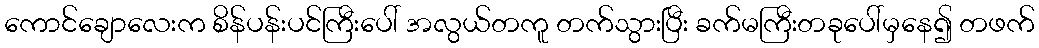
ကောင်ချောလေးက စိန်ပန်းပင်ကြီးပေါ် အလွယ်တကူ တက်သွားပြီး ခက်မကြီးတခုပေါ်မှနေ၍ တဖက်